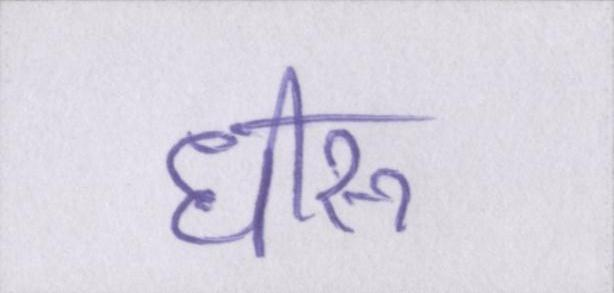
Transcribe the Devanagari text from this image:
धीरू